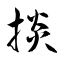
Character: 掞